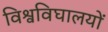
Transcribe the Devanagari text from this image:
विश्वविघालयों